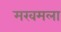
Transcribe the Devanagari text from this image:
मखमला